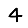
Digit: 4